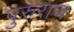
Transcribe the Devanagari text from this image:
पुरुराज